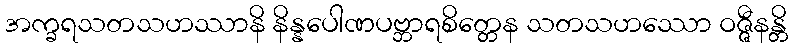
အက္ခရသတသဟဿာနိ နိန္နပေါဏပဗ္ဘာရစိတ္တေန သတသဟဿော ဝဇ္ဇီနန္တိ